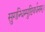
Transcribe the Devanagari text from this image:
सुगन्धिम्पुष्टिवर्धनम्‌।